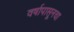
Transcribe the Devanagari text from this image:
वर्षापासूनचा